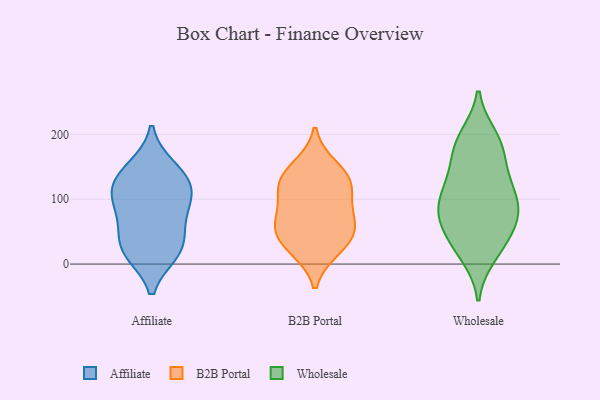
{"axis": {"x": "Tickets Resolved", "y": "Value"}, "legend": ["Affiliate", "B2B Portal", "Wholesale"], "data": [{"x": "", "y": 149, "type": "Affiliate"}, {"x": "", "y": 50, "type": "Affiliate"}, {"x": "", "y": 22, "type": "Affiliate"}, {"x": "", "y": 72, "type": "Affiliate"}, {"x": "", "y": 112, "type": "Affiliate"}, {"x": "", "y": 89, "type": "Affiliate"}, {"x": "", "y": 20, "type": "Affiliate"}, {"x": "", "y": 18, "type": "Affiliate"}, {"x": "", "y": 110, "type": "Affiliate"}, {"x": "", "y": 121, "type": "Affiliate"}, {"x": "", "y": 141, "type": "Affiliate"}, {"x": "", "y": 60, "type": "B2B Portal"}, {"x": "", "y": 29, "type": "B2B Portal"}, {"x": "", "y": 63, "type": "B2B Portal"}, {"x": "", "y": 119, "type": "B2B Portal"}, {"x": "", "y": 53, "type": "B2B Portal"}, {"x": "", "y": 132, "type": "B2B Portal"}, {"x": "", "y": 90, "type": "B2B Portal"}, {"x": "", "y": 150, "type": "B2B Portal"}, {"x": "", "y": 123, "type": "B2B Portal"}, {"x": "", "y": 23, "type": "B2B Portal"}, {"x": "", "y": 25, "type": "Wholesale"}, {"x": "", "y": 14, "type": "Wholesale"}, {"x": "", "y": 71, "type": "Wholesale"}, {"x": "", "y": 190, "type": "Wholesale"}, {"x": "", "y": 196, "type": "Wholesale"}, {"x": "", "y": 122, "type": "Wholesale"}, {"x": "", "y": 108, "type": "Wholesale"}, {"x": "", "y": 121, "type": "Wholesale"}, {"x": "", "y": 84, "type": "Wholesale"}, {"x": "", "y": 72, "type": "Wholesale"}, {"x": "", "y": 52, "type": "Wholesale"}, {"x": "", "y": 92, "type": "Wholesale"}, {"x": "", "y": 169, "type": "Wholesale"}, {"x": "", "y": 78, "type": "Wholesale"}, {"x": "", "y": 145, "type": "Wholesale"}, {"x": "", "y": 32, "type": "Wholesale"}, {"x": "", "y": 184, "type": "Wholesale"}]}